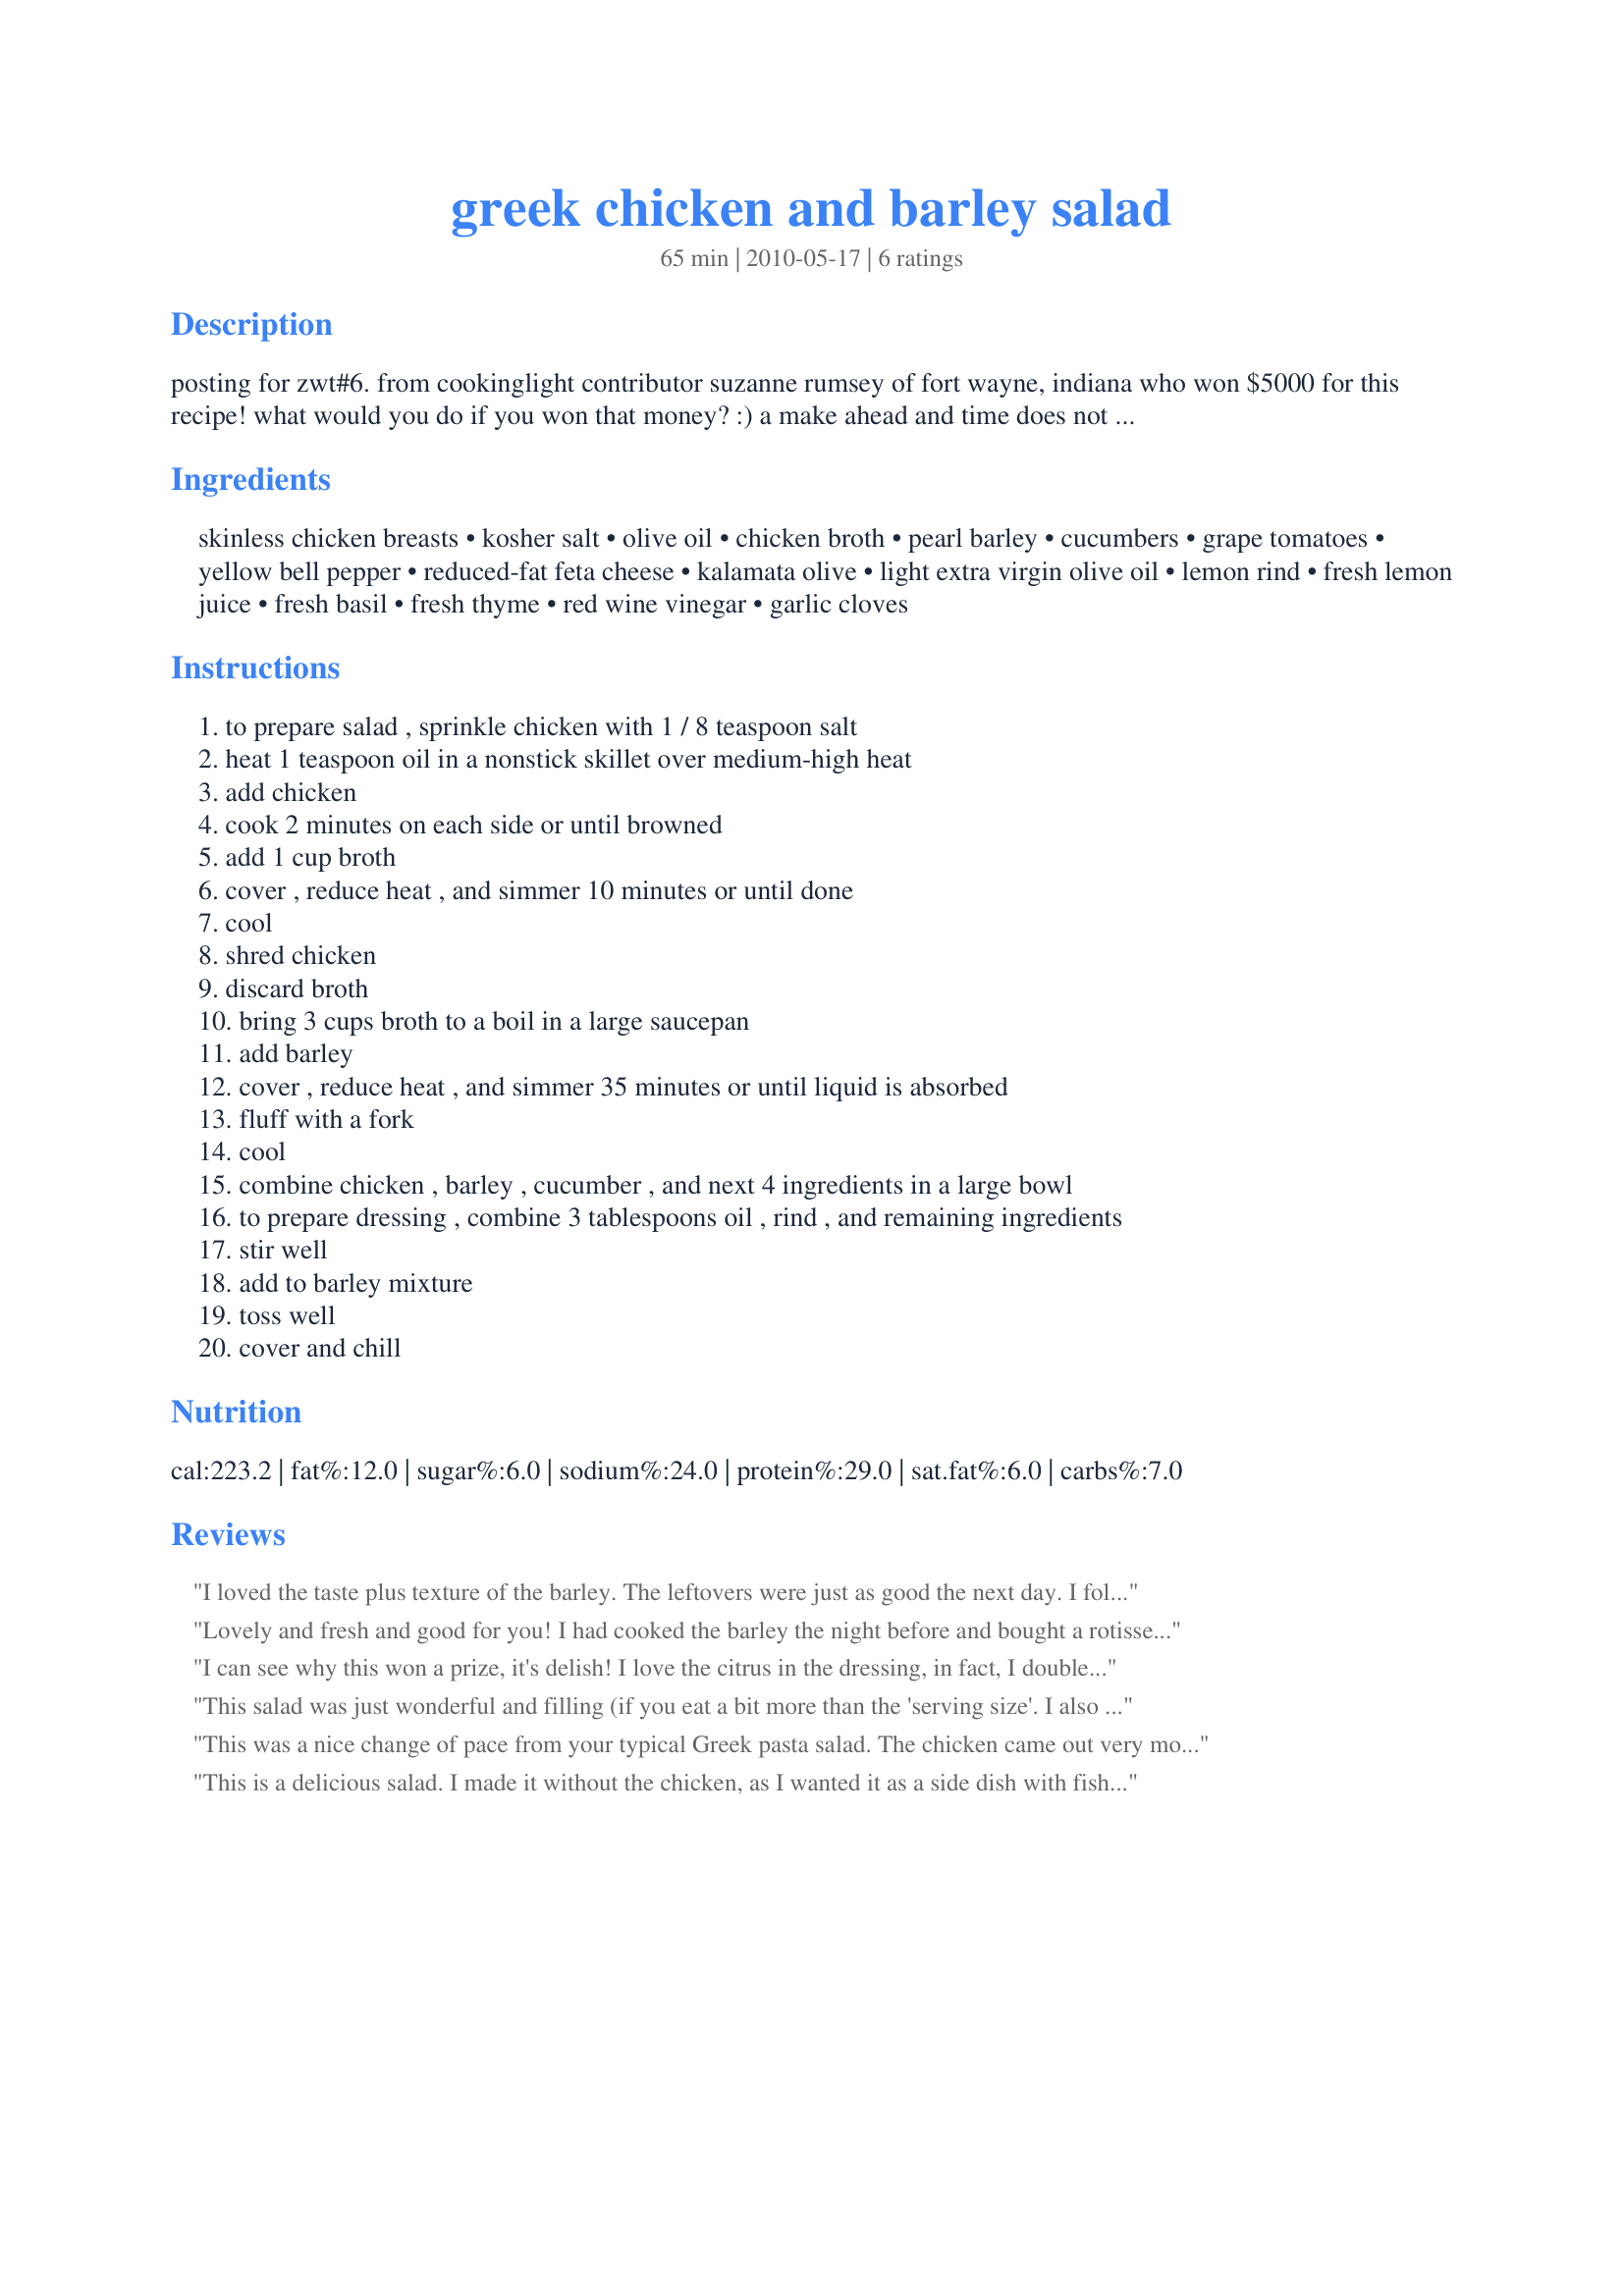
greek chicken and barley salad
Preparation time: 65 minutes

posting for zwt#6. from cookinglight contributor suzanne rumsey of fort wayne, indiana who won $5000 for this recipe! what would you do if you won that money? :) a make ahead and time does not include chilling time. it says 8 servings but think they might be pretty small portions.

Ingredients:
skinless chicken breasts, kosher salt, olive oil, chicken broth, pearl barley, cucumbers, grape tomatoes, yellow bell pepper, reduced-fat feta cheese, kalamata olive, light extra virgin olive oil, lemon rind, fresh lemon juice, fresh basil, fresh thyme, red wine vinegar, garlic cloves

Steps:
to prepare salad , sprinkle chicken with 1 / 8 teaspoon salt
heat 1 teaspoon oil in a nonstick skillet over medium-high heat
add chicken
cook 2 minutes on each side or until browned
add 1 cup broth
cover , reduce heat , and simmer 10 minutes or until done
cool
shred chicken
discard broth
bring 3 cups broth to a boil in a large saucepan
add barley
cover , reduce heat , and simmer 35 minutes or until liquid is absorbed
fluff with a fork
cool
combine chicken , barley , cucumber , and next 4 ingredients in a large bowl
to prepare dressing , combine 3 tablespoons oil , rind , and remaining ingredients
stir well
add to barley mixture
toss well
cover and chill

Reviews:
I loved the taste plus texture of the barley. The leftovers were just as good the next day. I followed the recipe as is, minus the olives and think I will try a rotisserie chicken next time.
Lovely and fresh and good for you! I had cooked the barley the night before and bought a rotisserie chicken, so this recipe literally came together in minutes. Everything was so good - filled you up without stuffing you up. Thanks for a great recipe.
I can see why this won a prize, it's delish! I love the citrus in the dressing, in fact, I doubled the dressing. I also added some finely chopped red onion and used red and yellow peppers as that is what I had in the garden that I needed to use up. Oh, also used regular fat feta, cuz that is what we like. : ) I could see making this with tuna instead of the chicken as well. A great summer dish, thanks for posting, WiGal.
This salad was just wonderful and filling (if you eat a bit more than the 'serving size'. I also added red onions and omitted olives (dont like them), increased the feta a bit. The flavours all come together well for a filling and healthy meal!
This was a nice change of pace from your typical Greek pasta salad. The chicken came out very moist and tender. I did end up doubling the dressing amount, though. After I made the salad, I felt the dressing was not enough, so made more and it was perfect. The barley really cooked up to be a lot and really absorbs the dressing. Made for Everyday is a Holiday Tag Game.
This is a delicious salad. I made it without the chicken, as I wanted it as a side dish with fish. If I were making it with chicken, I would use the broth it cooks in as part of the broth for the barley. I used the herbs I had available in my garden - thyme, parsley, lovage and pineapple sage. From past experience I've learned to be careful with lemon in dressings, and used only about half of it, ended up using none of the zest, as I feel it would have been too lemony. This was a lovely side.
